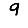
Digit: 9